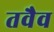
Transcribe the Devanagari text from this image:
तवैव